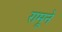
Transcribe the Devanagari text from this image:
रामूने